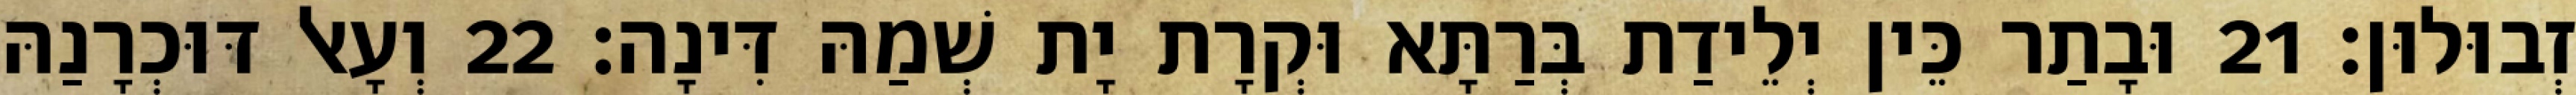
זְבוּלוּן׃ 21 וּבָתַר כֵּין יְלֵידַת בְּרַתָּא וּקְרָת יָת שְׁמַהּ דִּינָה׃ 22 וְעָאל דּוּכְרָנַהּ